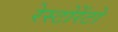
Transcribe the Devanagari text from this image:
रेस्टोरेंटो